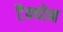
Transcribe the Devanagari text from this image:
टैक्योन